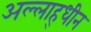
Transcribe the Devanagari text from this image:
अल्लाह्धीन